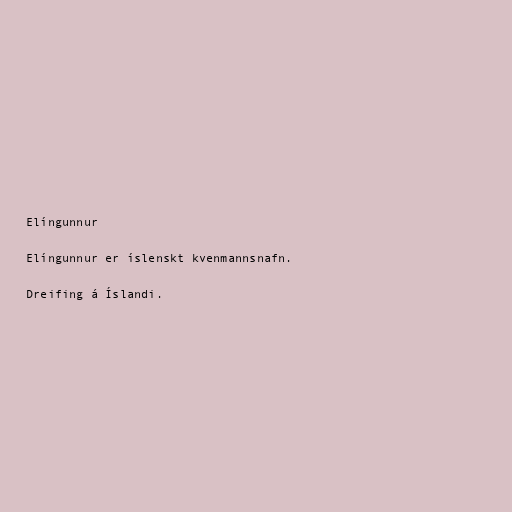
Elíngunnur

Elíngunnur er íslenskt kvenmannsnafn.

Dreifing á Íslandi.